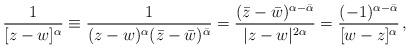
LaTeX: \begin{align*}\frac{1}{[z-w]^\alpha}\equiv\frac{1}{(z-w)^\alpha (\bar z-\bar w)^{\bar\alpha}}=\frac{(\bar z-\bar w)^{\alpha-\bar\alpha}}{|z-w|^{2\alpha}}=\frac{(-1)^{\alpha-\bar\alpha}}{[w-z]^{\alpha}}\,,\end{align*}